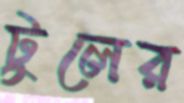
টুলের